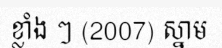
ខ្លាំង ៗ (2007) ស្នាម